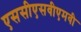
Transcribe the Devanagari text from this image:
एससीएसवीएमवी